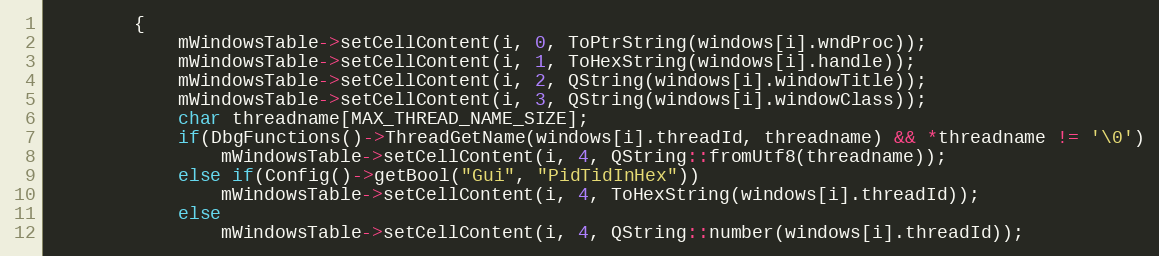
Language: C++
        {
            mWindowsTable->setCellContent(i, 0, ToPtrString(windows[i].wndProc));
            mWindowsTable->setCellContent(i, 1, ToHexString(windows[i].handle));
            mWindowsTable->setCellContent(i, 2, QString(windows[i].windowTitle));
            mWindowsTable->setCellContent(i, 3, QString(windows[i].windowClass));
            char threadname[MAX_THREAD_NAME_SIZE];
            if(DbgFunctions()->ThreadGetName(windows[i].threadId, threadname) && *threadname != '\0')
                mWindowsTable->setCellContent(i, 4, QString::fromUtf8(threadname));
            else if(Config()->getBool("Gui", "PidTidInHex"))
                mWindowsTable->setCellContent(i, 4, ToHexString(windows[i].threadId));
            else
                mWindowsTable->setCellContent(i, 4, QString::number(windows[i].threadId));